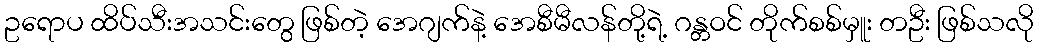
ဥရောပ ထိပ်သီးအသင်းတွေ ဖြစ်တဲ့ အေဂျက်နဲ့ အေစီမီလန်တို့ရဲ့ ဂန္တဝင် တိုက်စစ်မှူး တဦး ဖြစ်သလို